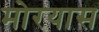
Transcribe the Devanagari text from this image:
मोरयास